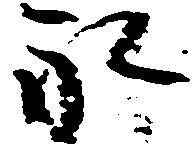
永